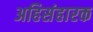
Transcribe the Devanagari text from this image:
अहिसंहारक